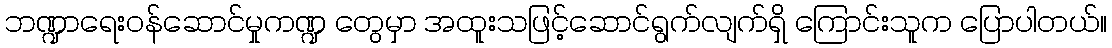
ဘဏ္ဍာရေးဝန်ဆောင်မှုကဏ္ဍ တွေမှာ အထူးသဖြင့်ဆောင်ရွက်လျက်ရှိ ကြောင်းသူက ပြောပါတယ်။